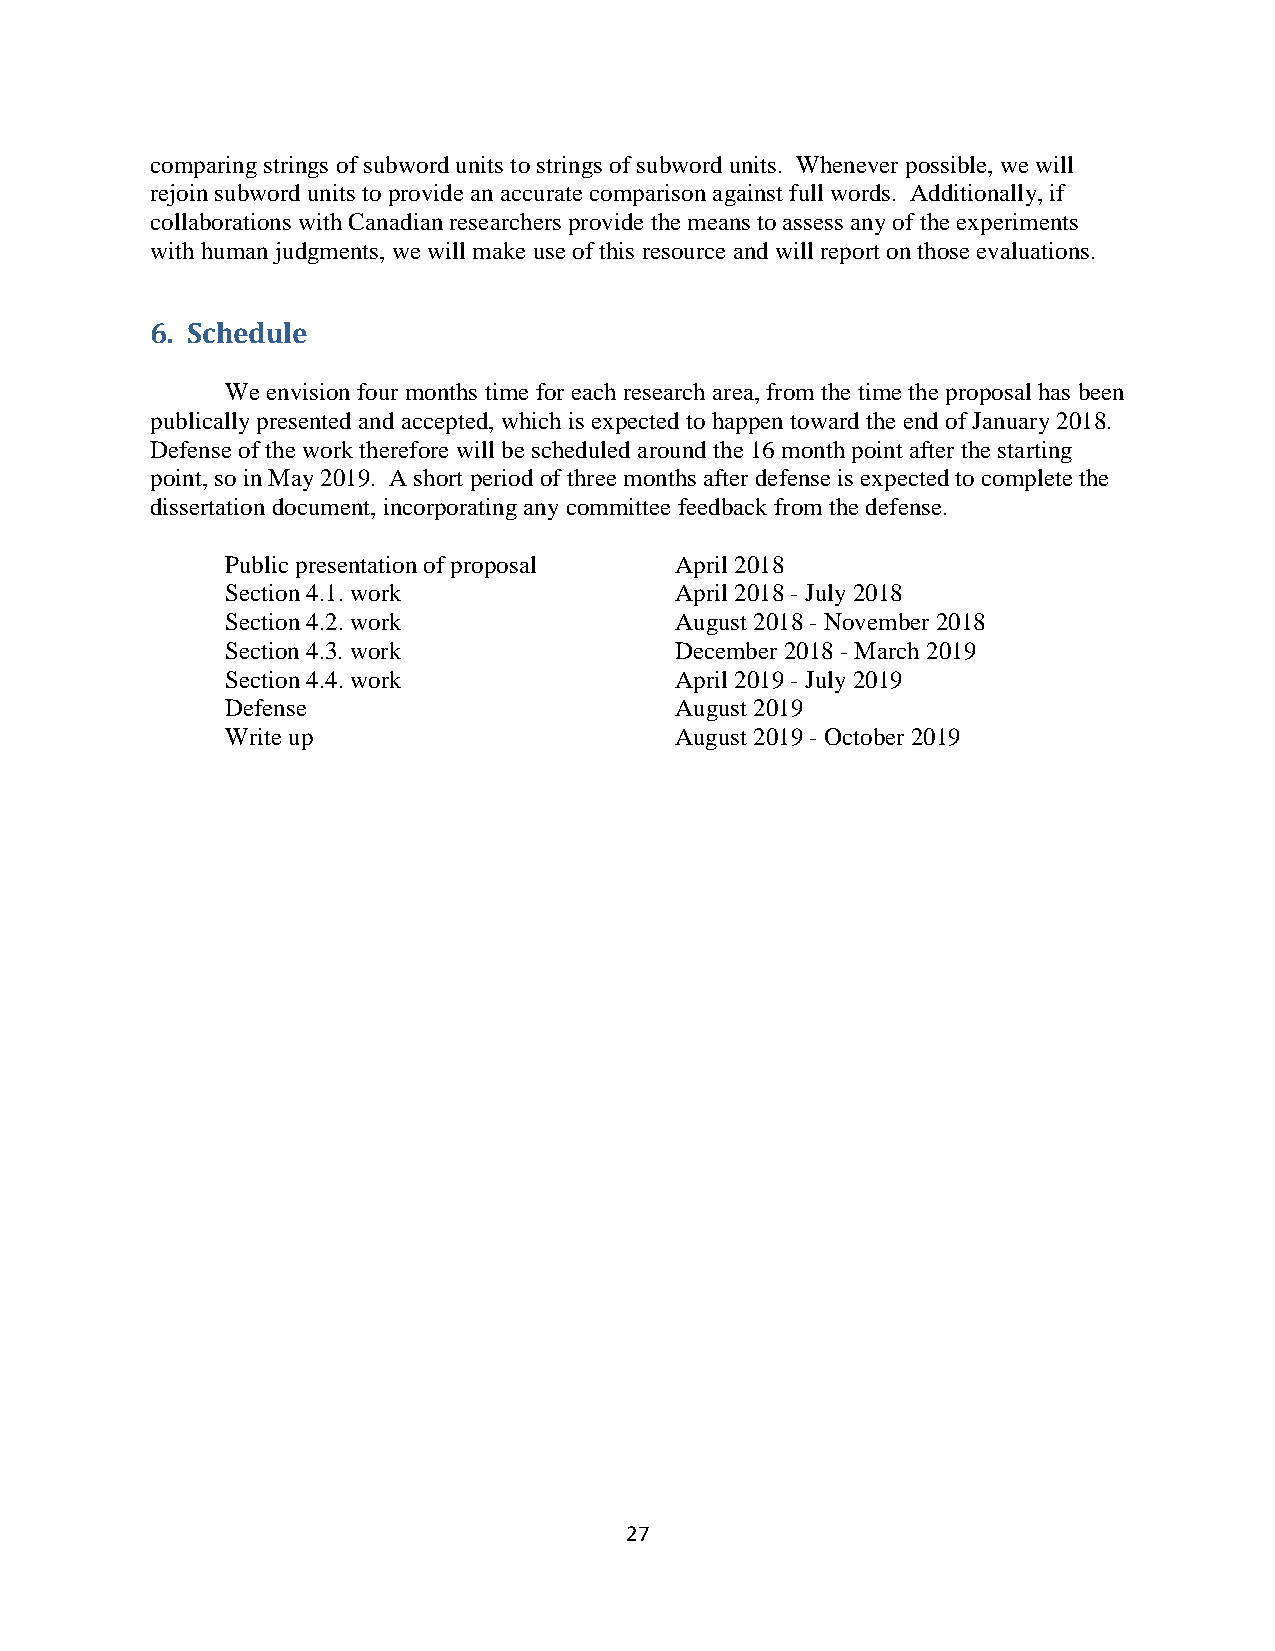
comparing strings of subword units to strings of subword units. Whenever possible, we will
 rejoin subword units to provide an accurate comparison against full words. Additionally, if
 collaborations with Canadian researchers provide the means to assess any of the experiments
 with human judgments, we will make use of this resource and will report on those evaluations.
 6. Schedule
 We envision four months time for each research area, from the time the proposal has been
 publically presented and accepted, which is expected to happen toward the end of January 2018.
 Defense of the work therefore will be scheduled around the 16 month point after the starting
 point, so in May 2019. A short period of three months after defense is expected to complete the
 dissertation document, incorporating any committee feedback from the defense.
 Public presentation of proposal April 2018
 Section 4.1. work             April 2018 - July 2018
 Section 4.2. work             August 2018 - November 2018
 Section 4.3. work             December 2018 - March 2019
 Section 4.4. work             April 2019 - July 2019
 Defense                       August 2019
 Write up                      August 2019 - October 2019
 27